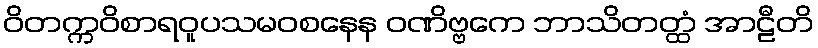
ဝိတက္ကဝိစာရဝူပသမဝစနေန ဝဏိဗ္ဗကေ ဘာသိတတ္ထံ အာဠီတိ